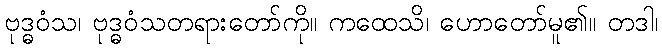
ဗုဒ္ဓဝံသ၊ ဗုဒ္ဓဝံသတရားတော်ကို။ ကထေသိ၊ ဟောတော်မူ၏။ တဒါ၊